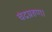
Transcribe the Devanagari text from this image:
चंद्रग्रहण।